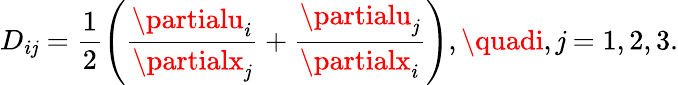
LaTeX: {D}_{i\mathit{j}}=\frac{{1}}{{2}}\left(\frac{{\partialu_{i}}}{{\partialx_{\mathit{j}}}}+\frac{{\partialu_{\mathit{j}}}}{{\partialx_{i}}}\right),\quadi,\mathit{j}=1,2,3.